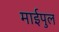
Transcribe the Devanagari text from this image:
माईपुल